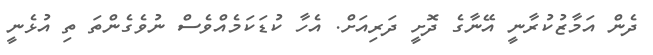
ދެން އަމާޒުކުރާނީ އޭނާގެ ދޮށީ ދަރިއަށް. އެހާ ކުޑަކަމެއްވެސް ނުވެގެންތަ ތި އުޅެނީ